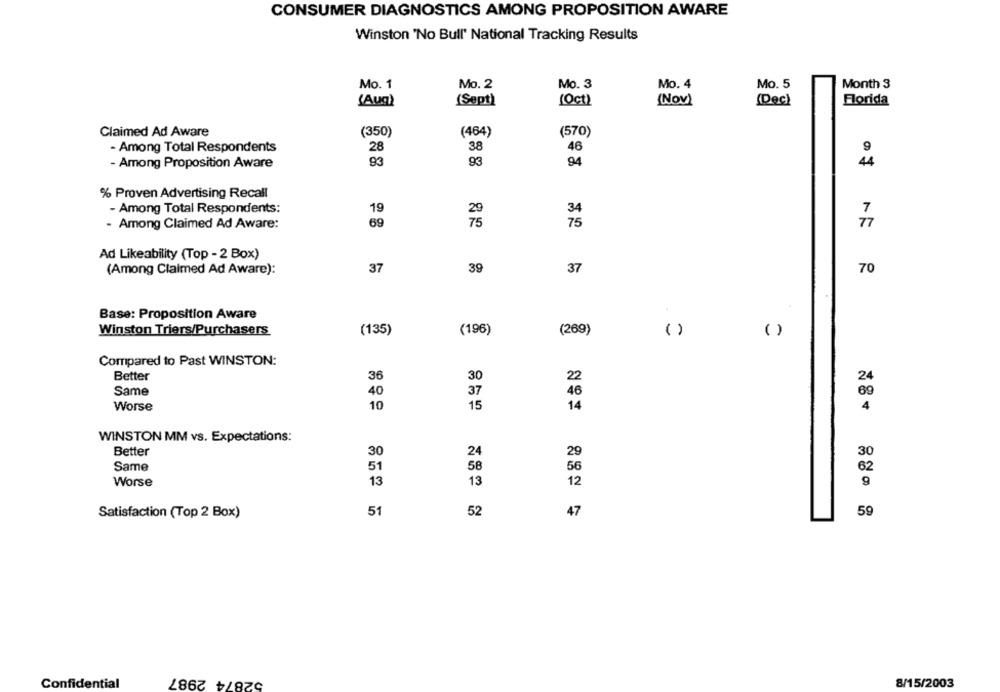
CONSUMER DIAGNOSTICS AMONG PROPOSITION AWARE
Winston 'No Bull' National Tracking Results
Mo. 1
Mo. 2
Mo. 3
Mo. 4
Mo. 5
Month 3
(Aug
(Sept)
(Oct)
(Nov)
(Dec)
Florida
Claimed Ad Aware
(350)
(464)
(570)
- Among Total Respondents
28
38
46
- Among Proposition Aware
93
93
% Proven Advertising Recall
- Among Total Respondents:
19
34
69
- Among Claimed Ad Aware:
75
Ad Likeability (Top - 2 Box)
37
39
37
70
(Among Claimed Ad Aware):
OF NF 2
Base: Proposition Aware
Winston Triers/Purchasers
(135)
(196)
(269)
( )
( )
Compared to Past WINSTON:
Better
36
30
22
24
Same
40
37
46
69
Worse
10
15
14
4
WINSTON MM vs. Expectations:
Better
30
24
29
30
Same
51
58
56
62
Worse
13
13
12
9
Satisfaction (Top 2 Box)
51
52
47
59
52874 2987
Confidential
8/15/2003